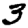
Digit: 3